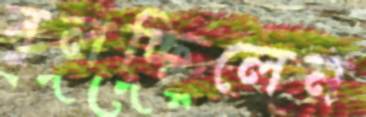
বুলচ্ছিলেন